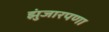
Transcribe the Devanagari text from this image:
झुंजारपणा